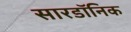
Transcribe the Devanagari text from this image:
सारडॉनिक